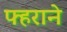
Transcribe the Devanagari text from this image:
फ्हराने